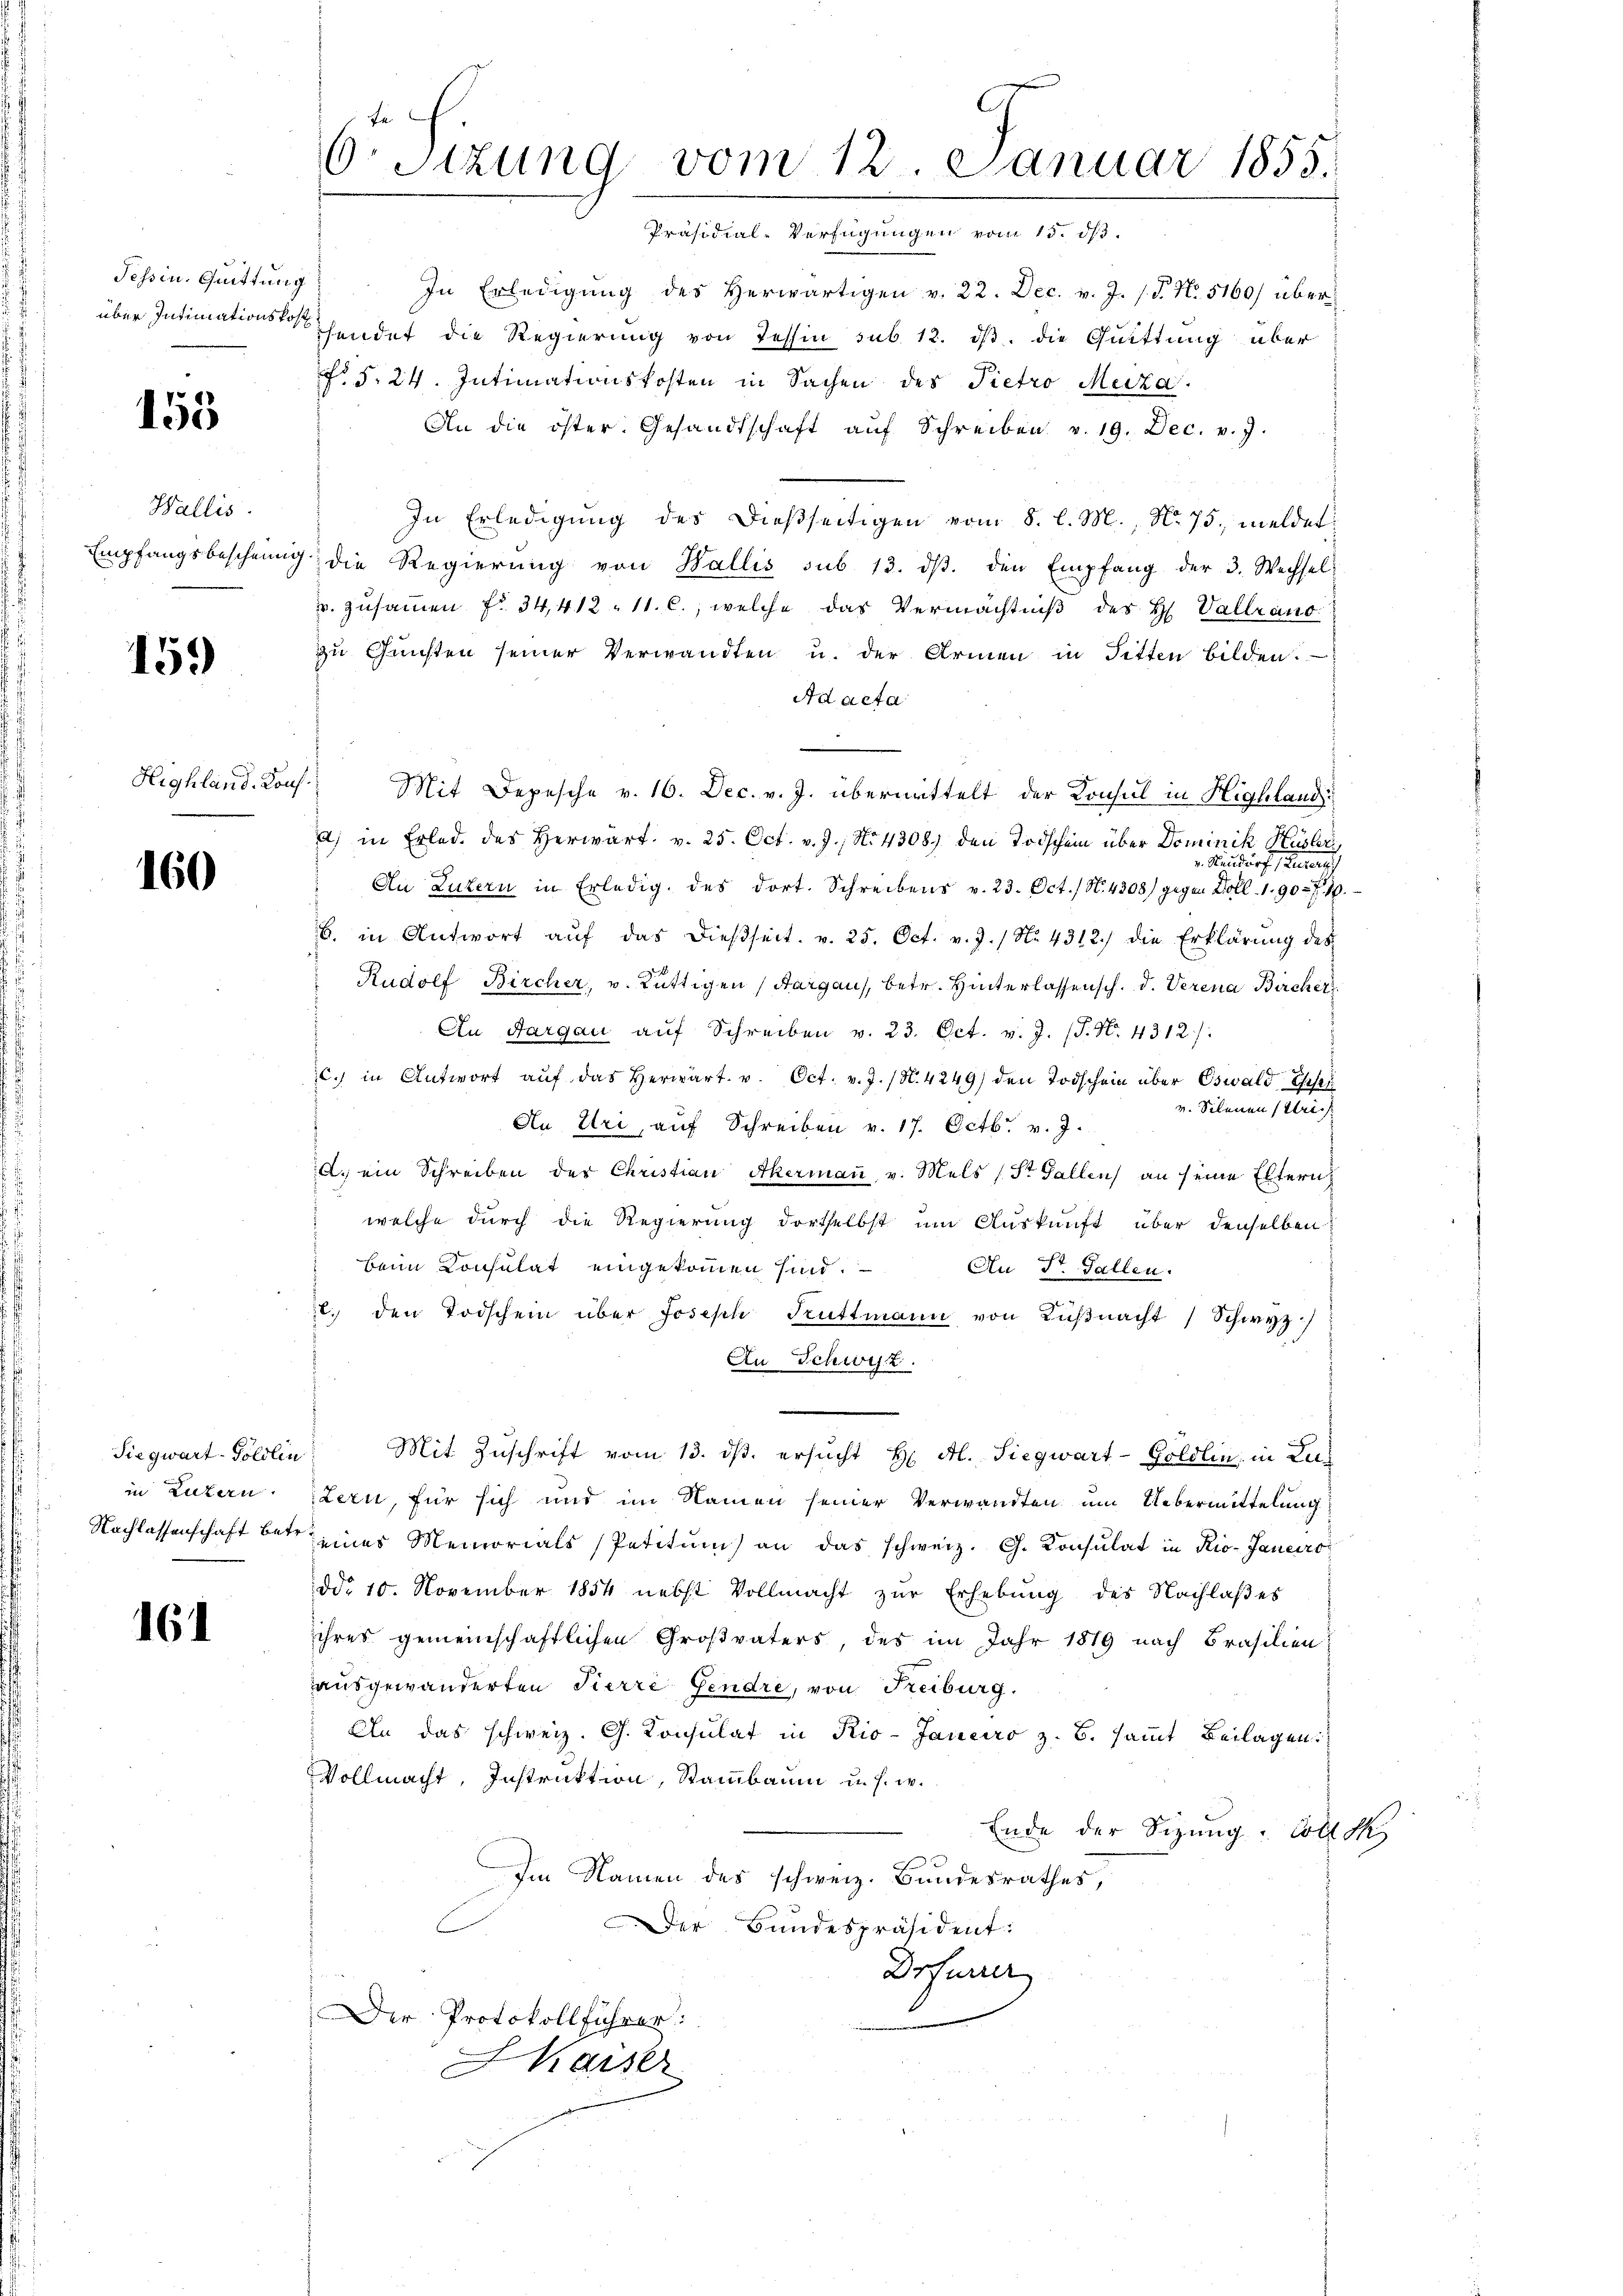
Tessin. Quittung

155

Wallis.

159)

Highland. Kons.

160

161

In Erledigung des herwärtigen v. 22. Dec. v. J. J. P. No. 5160/ überüber Intimationsendet die Regierung von Tessin sub. 12. dβ. die Quittung über
fr. 5. 24. Intimationskosten in Sachen des Pietro Meiza.
An die öster. Gesandtschaft aŭf Schreiben v. 19. Dec. v. 7.
In Erledigung des dießseitigen vom 8. l. M., No 75. meldet
Empfangsbescheinig die Regierŭng von Wallis sub 13. dβ. den Empfang der 3. Wechsel
v. zusammen fr. 34,412. 11. c., welche das Vermächtniß des H. Vallrano
zu Gunsten seiner Verwandten u. der Armen in Fitten bilden.
Ad acta
Mit Depesche v. 16. Dec. v. J. übermittelt der Konsul in Highland
a) in Erlede des Herwart. v. 25. Oct. v. J., No 4308) den Todschein über Dominik Hüsleri
. Neudorf Petersch
An Luzern in Erledig, des dort. Schreibens v. 23. Oct. / N. 4308) gegen Zoll-1. 90 f 10.
6. in Antwort aŭf das dießseit v. 25. Oct. v. J. / No. 4312. die Erklärung des
Rudolf Bircher, v. Rüttigen (Margau, betr. Hinterlassensch. d. Verena Bircher
An Aargau aŭf Schreiben v. 23. Oct. v. J. (T. N. 4312).
c. in Antwort aŭf das herwart. v. Oct. v. J. (N. 4249) den Todschein über Oswald, Eisen
v. Silenen Ulrich
An Uri, auf Schreiben v. 17. Octbr. v. J.
A. ein Schreiben des Christian Akermaṅ, v. Mels (St. Gallen an seine Eltern
welche durch die Regierung dortselbst um Auskunft über denselben
beim Consulat eingekommen sind. An Dr. Gallen.
. den Todschein über Josisch Kuttmann von Küβnacht Schwyz)
An Schwyz.
Siegwart Göldlin Mit Zuschrift vom 13. ds. ersucht H Al. Siegwart-Goldlin, in Luin Luzern Zern, für sich und im Namen seiner Verwandten um Uebermittelung
Nachlassenschaft bei eines Memorials Petitŭm an das schweiz. G. Konsulat in Rio-Janeiro
ddo 10. November 1854 nebst Vollmacht zŭr Erhebung des Nachlaβes
ihres gemeinschaftlichen Großvaters, des im Jahr 1819 nach Brasilien
ausgewanderten Pierre Gendre, von Freiburg.
An das schweiz. G. Consulat in Rio-Janeiro z. B. sammt Beilagen:
Vollmacht, Instruktion, Stammbaum u. s. w.
Ende der Sizung Collek
Im Namen des schweiz. Bundesrathes,
Der Bundespräsident:
Drfurrer
Der Protokollführer:
HKaiser

6o Sizung vom 12. Januar 1855.
Präsidial-Verfügungen vom 15. dß.